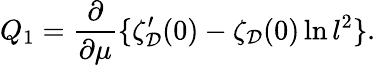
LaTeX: Q_{1}=\frac{\partial}{\partial\mu}\{ \zeta_{\cal D}^{\prime}(0)-\zeta_{\cal D}(0)\ln l^{2}\} .